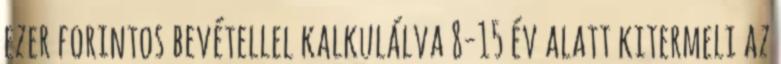
ezer forintos bevétellel kalkulálva 8-15 év alatt kitermeli az